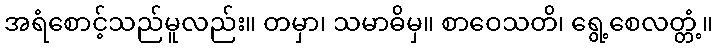
အရံစောင့်သည်မူလည်း။ တမှာ၊ သမာဓိမှ။ စာဝေသတိ၊ ရွေ့စေလတ္တံ့။